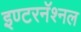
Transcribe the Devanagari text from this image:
इण्टरनॅश्नल